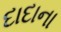
દાદાના